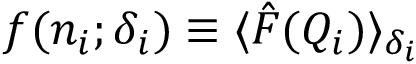
f ( n _ { i } ; \delta _ { i } ) \equiv \langle \hat { F } ( Q _ { i } ) \rangle _ { \delta _ { i } }